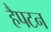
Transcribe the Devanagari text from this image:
हैपटन